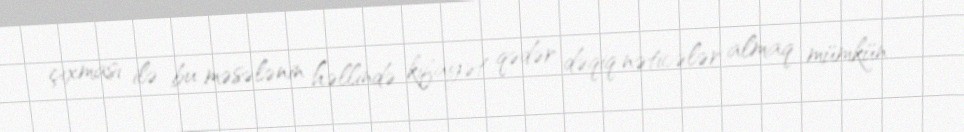
çıxması ilə bu məsələnin həllində kifayət qədər dəqiq nəticələr almaq mümkün